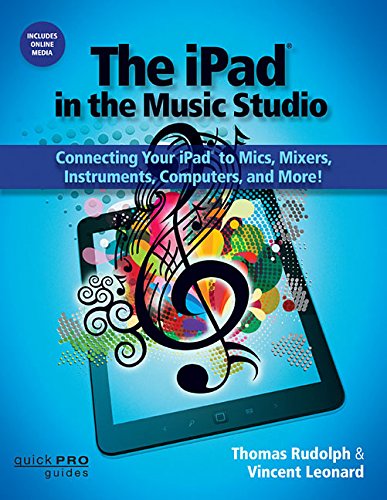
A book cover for The iPad in the Music Studio: Connecting Your iPad to Mics, Mixers, Instruments, Computers, and More! (Quick Pro Guides) (Quick Pro Guides (Hal Leonard)); Thomas Rudolph; Computers & Technology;